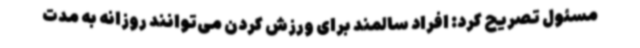
مسئول تصریح کرد: افراد سالمند برای ورزش کردن می‌توانند روزانه به مدت